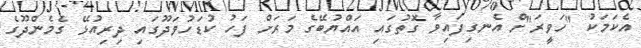
އެކަމަކު "ހަވީރަ"ށް އެނގިފައިވާ ގޮތުގައި އައްޔުބޭގެ މަރަށް ފަހު ކުޑަހުވަދޫގައި ދިރިއުޅޭ ގެމެންދޫގެ